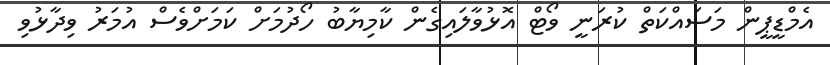
އެމްޑީޕީން މަސައްކަތް ކުރަނީ ވޯޓް އޮޅުވާލައިގެން ކާމިޔާބު ހޯދުމަށް ކަމަށްވެސް އުމަރު ވިދާޅުވި